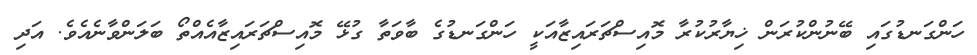
ހަންގަނޑުގައި ބޭނުންކުރަން ޚިޔާރުކުރާ މޮއިސްޗަރައިޒާއަކީ ހަންގަނޑުގެ ބާވަތާ ގުޅޭ މޮއިސްޗަރައިޒާއެއްތޯ ބަލަންވާނެއެވެ. އަދި